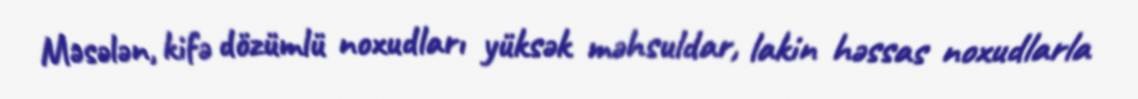
Məsələn, kifə dözümlü noxudları yüksək məhsuldar, lakin həssas noxudlarla